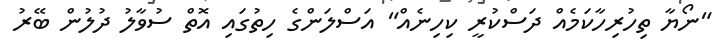
"ނޯޔާ ތިހުރިހާކަމެއް ދަސްކުރީ ކިހިނެއް" އަސްލަންގެ ހިތުގައި އޮތް ސުވާލު ދުލުން ބޭރު